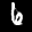
Label: 6